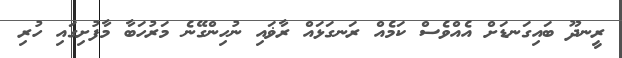
ރީނދޫ ބައިގަނޑަށް އެއްވެސް ކަމެއް ރަނގަޅައްް ރާޥައި ނުހިންގޭނެ މަރުހަބާ މާފުށިގައި ހުރި